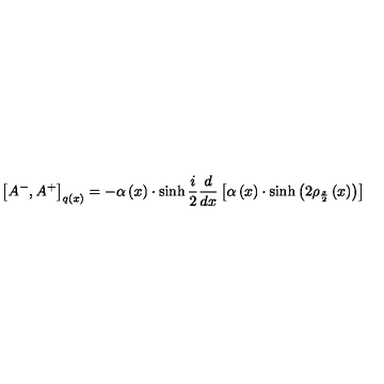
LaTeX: \left[ A ^ { - } , A ^ { + } \right] _ { q \left( x \right) } = - \alpha \left( x \right) \cdot \sinh { } \frac i 2 \frac d { d x } \left[ \alpha \left( x \right) \cdot \sinh \left( 2 \rho _ { \frac s 2 } \left( x \right) \right) \right]